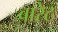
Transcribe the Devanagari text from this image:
बारेठ